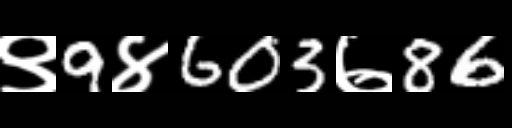
Text: ९9४603७86